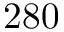
2 8 0